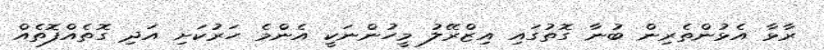
ރާޅާ އެޅުންތެރިން ބުނާ ގޮތުގައި އިޒްރޭލު މީހުންނަކީ އެންމެ ހަރުކަށި އަދި ގޮތެއްފޮތެއް